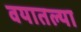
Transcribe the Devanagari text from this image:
वयातल्या